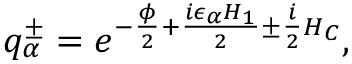
q _ { \alpha } ^ { \pm } = e ^ { - { \frac { \phi } { 2 } } + { \frac { i \epsilon _ { \alpha } H _ { 1 } } { 2 } } \pm { \frac { i } { 2 } } H _ { C } } ,